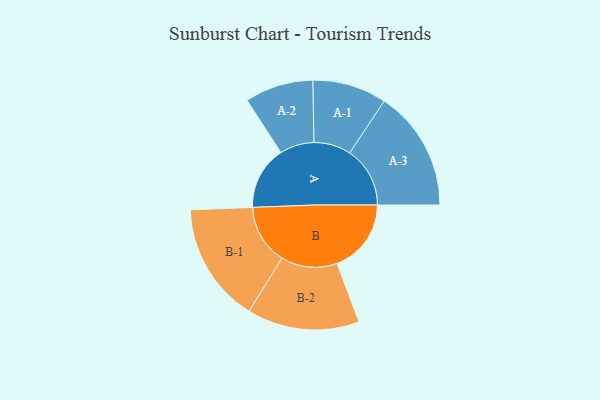
{"axis": {"x": "Segment", "y": "Value"}, "legend": ["", "A", "B"], "data": [{"x": "A", "y": 292, "type": ""}, {"x": "B", "y": 342, "type": ""}, {"x": "A-1", "y": 171, "type": "A"}, {"x": "A-2", "y": 158, "type": "A"}, {"x": "A-3", "y": 278, "type": "A"}, {"x": "B-1", "y": 276, "type": "B"}, {"x": "B-2", "y": 259, "type": "B"}]}